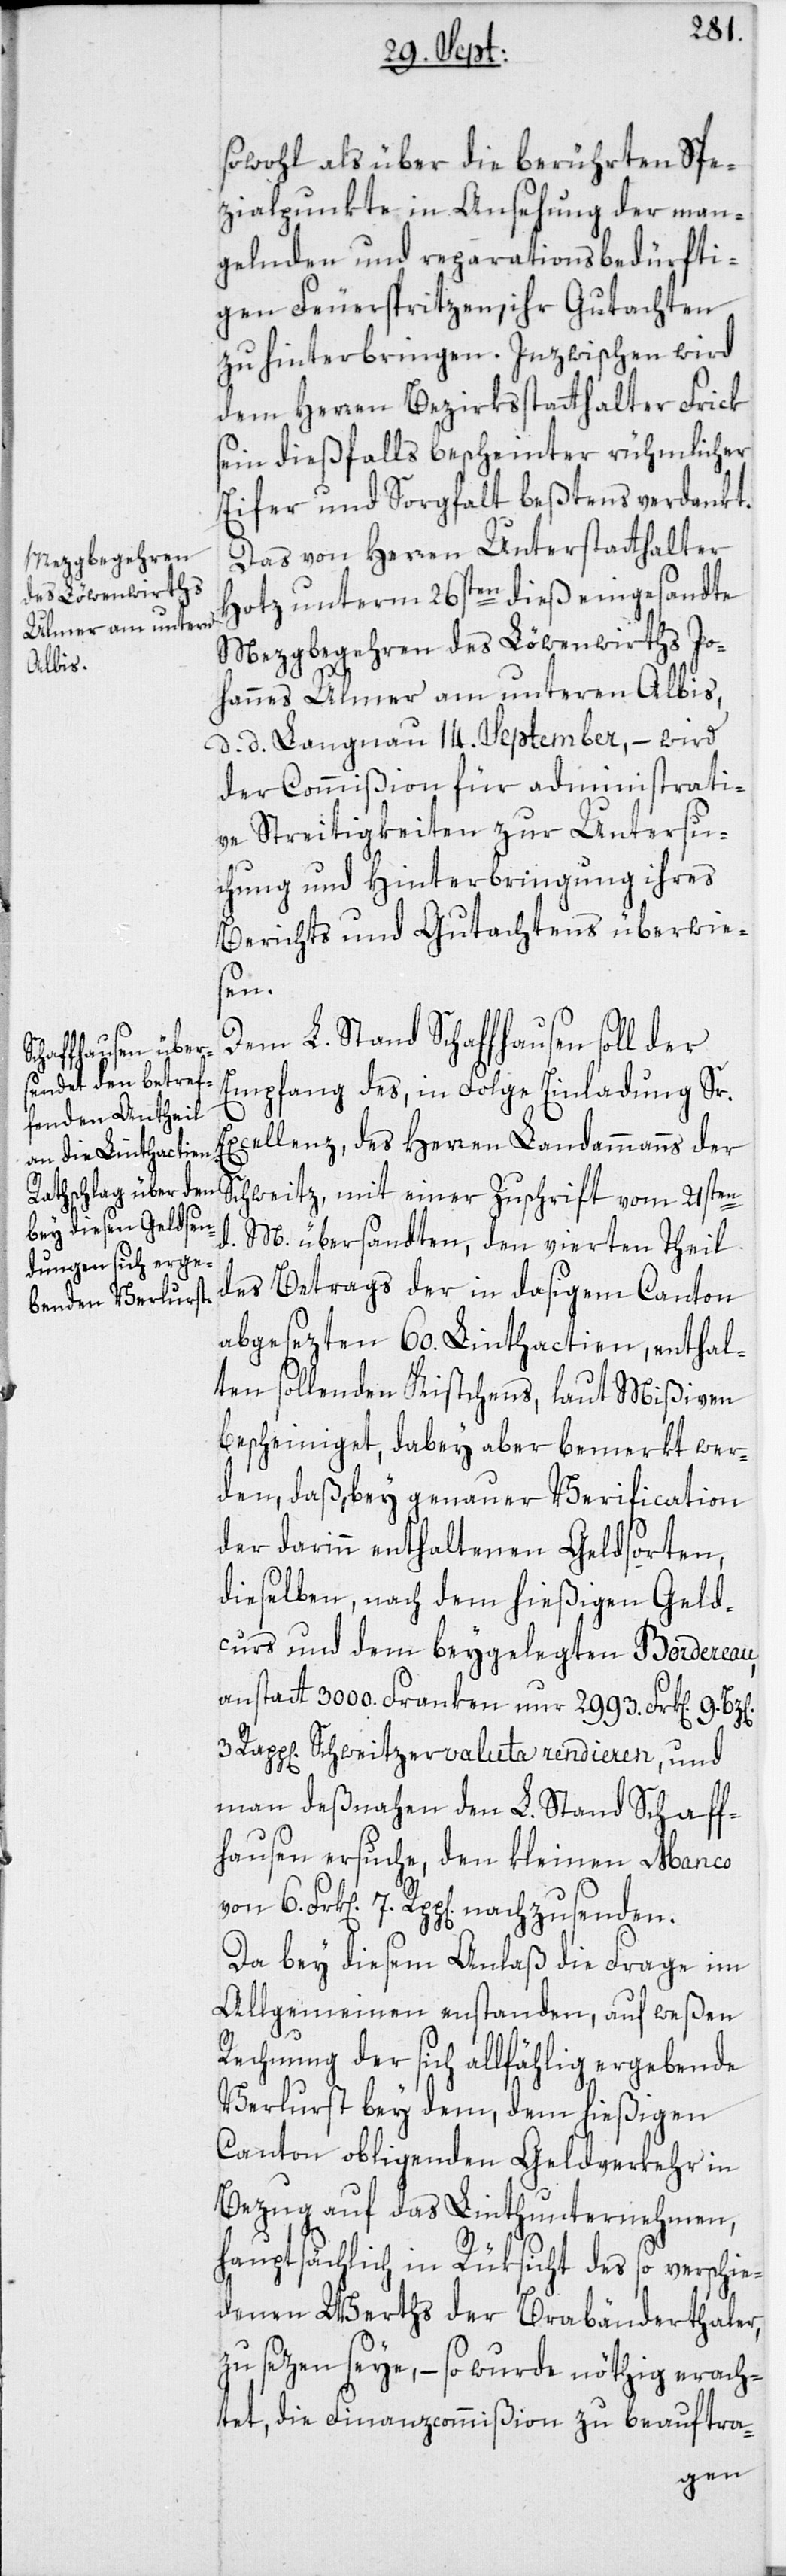
sowohl als über die berührten Spe¬
zialpunkte in Ansehung der man¬
gelnden und reparationsbedürfti¬
gen Feuerspritzen, ihr Gutachten
zu hinterbringen. Inzwischen wird
dem Herren Bezirksstatthalter Frick
sein dießfalls bescheinter rühmlicher
Eifer und Sorgfalt beßtens verdankt.
Das von Herren Unterstatthalter
Hotz unterm 26sten dieß eingesandte
Mezgbegehren des Löwenwirths Jo¬
hannes Ulmer am unteren Albis,
d. d. Langnau 14. September, – wird
der Commißion für administrati¬
ve Streitigkeiten zur Untersu¬
chung und Hinterbringung ihres
Berichts und Gutachtens überwies¬
en.
Dem L. Stand Schaffhausen soll der
Empfang des, in Folge Einladung Sr.
Excellenz, des Herren Landammanns der
Schweitz, mit einer Zuschrift vom 21sten
M. übersandten, den vierten Theil
des Betrags der in dasigem Canton
abgesezten 60. Linthactien, enthal¬
ten sollenden Kistchens, laut Mißiven
bescheiniget, dabey aber bemerkt wer¬
den, daß, bey genauer Verification
der darinn enthaltenen Geldsorten,
dieselben, nach dem hießigen Geld¬
curs und dem beygelegten Bordereau,
anstatt 3000. Franken nur 2993. Frk[en]. 9.
3 Rapp[en] Schweitzervaluta rendieren, und
man deßnahen den L. Stand Schaff¬
hausen ersuche, den kleinen Manco
Da bey diesem Anlaß die Frage im
Allgemeinen entstanden, auf weßen
Rechnung der sich allfählig ergebende
Verlurst bey dem, dem hießigen
Canton obligenden Geldverkehr in
Bezug auf das Linthunternehmen,
hauptsächlich in Rüksicht des so verschie¬
denen Werths der Brabänderthaler,
zu sezen seye, – so wurde nöthig erach¬
tet, die Finanzcommißion zu beauftra-